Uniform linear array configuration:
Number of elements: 48
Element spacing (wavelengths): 0.25
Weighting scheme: hann
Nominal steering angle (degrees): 0
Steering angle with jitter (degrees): -0.1378
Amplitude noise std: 0.05
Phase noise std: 0.05

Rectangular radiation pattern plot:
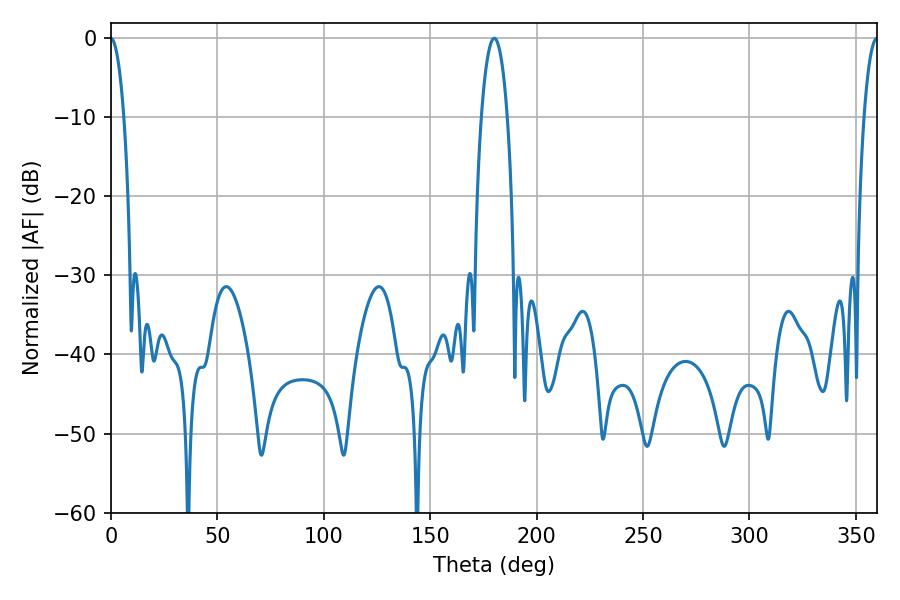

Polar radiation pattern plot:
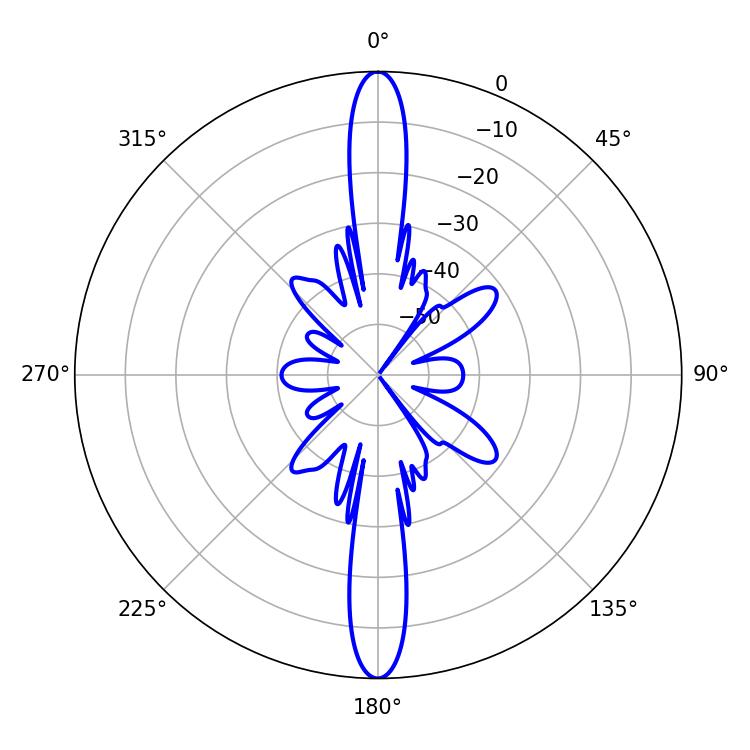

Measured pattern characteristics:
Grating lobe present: FALSE
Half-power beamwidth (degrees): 3.42
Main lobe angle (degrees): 359.82